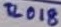
Text: TL018